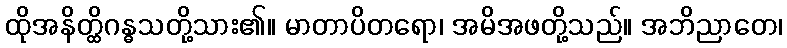
ထိုအနိတ္ထိဂန္ဓသတို့သား၏။ မာတာပိတရော၊ အမိအဖတို့သည်။ အဘိညာတေ၊